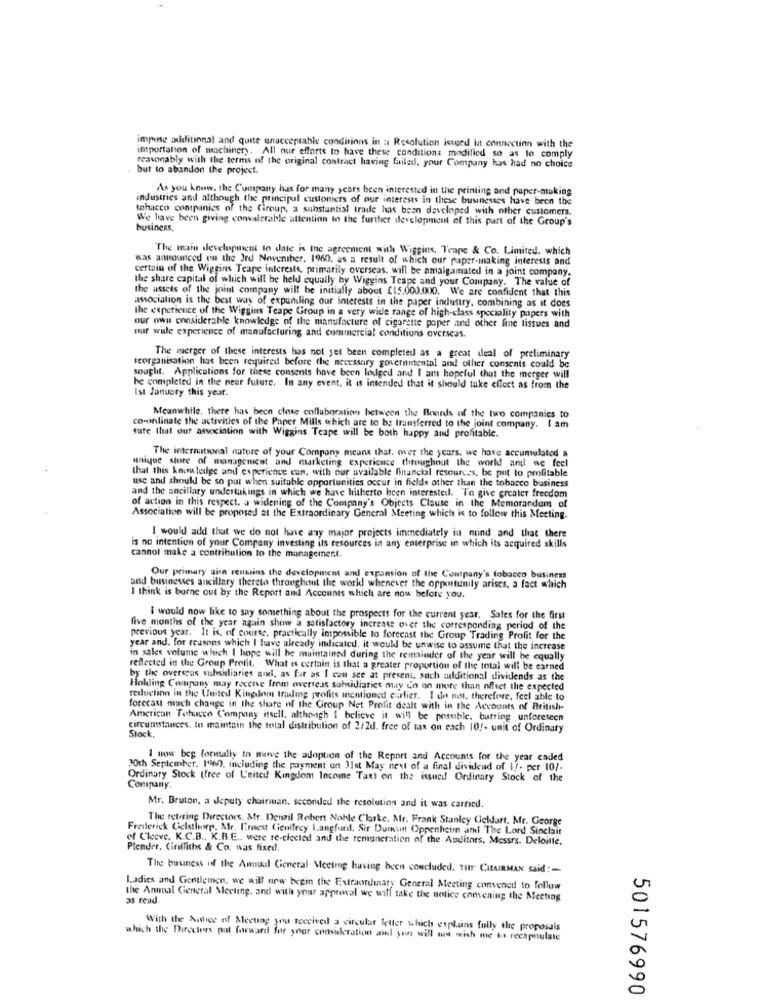
impose additional and quite unacceptable conditions in :1 Resolution issued In connection with the
intportalson of machinery. All our efforts to have these conditions modified so as to comply
reasonably with the terms of the original contract having failed, your Company has had no choice
but to abandon the project.
As you know. the Company has for many years been interested in the printing and paper-making
industries and although the principal customers of our interests in these businesses have been the
tobacco companies of the Ciroup, a substantial trade has been developed with other customers.
We have been giving convalerable attention in the further development of this part of the Group's
business.
The main development to date is the agreement with Wiggins, Teape & Co. Limited. which
was announced on the Jrd Noventher. 1960, as a result of which our ruper-making interests and
certain of the Wiggins Teape interests, primarily overseas. will be amalgamated in a joint company.
the share capital of which will be held cyually by Wiggins Teape and your Company. The value of
the assets of the joint company will be initially about £15.000.000. We are confident that this
association is the best way of expundling our interests in the paper industry, combining as it does
the experience of the Wiggins Teape Group in a very wide range of high-class speciality papers with
our owns considerable knowledge of the manufacture of cigarette poper and other fine tissues and
our wide experience of manufacturing and commercial conditions overseas.
The merger of these interests has not yet been completed as a great deal of preliminary
teorganisation has been required before the necessary gowermental and other consenis could be
sought. Applications for these consents have been lodged and I am hopeful that the merger will
he completed in the near future. In any event. it is intended that it should take effect as from the
Ist January this year.
Meanwhile, there has been close collaboration between the Boards of the two companies to
co-unlinate the activities of the Paper Mills which are to be transferred to the joint company. I am
sure that our association with Wiggins Teape will be both happy and profitable.
The international nature of your Company means that. over the years. we have accumulated a
Maique store of managenicat and marketing experience throughout the world and we feel
that this Anatedge and experience can, with our available financial resources, be put to profitable
use and should be so put when suitable opportunities occur in fields other than the tobacco business
and the ancillary undertakings in which we have hitherto been interested. To give greater freedom
of action in this respect. a widening of the Company's Objects Clause in the Memorandum of
Association will be proposed at the Extraordinary General Meeting which is to follow this Meeting.
I would add that we do not have any major projects immediately in mind and that there
is no intention of your Company investing ils resources in any enterprise in which its acquired skills
cannot make a contribution to the management.
Our primary ginn renmins the development and expansion of the Company's tobacco business
and businesses ancillary thereto throughout the world whenever the opportunity arises, a fact which
I think is borne out by the Report and Accounts which are now before you.
I would now like to say something about the prospects for the current year. Sales for the first
five months of the year again show a satisfactory increase over the corresponding period of the
previous year. It is, of course, practically intpossible to forecast the Group Trading Profit for the
year and. for reasons which I have already indicated, it would be unwise to assume that the increase
in sales volume which I hope will be maintained during the remainder of the year will he equally
reflected in the Group Profit. What is certain is that a greater proportion of the total will be earned
by the overseas subsidiaries and, as far as I can see at present. such additional dividends as the
Hokling Company may receive from overseas subsidiaries may C'o no more than offset the expected
reduction in the United Kingdom trading profits incntioned carlier. I do not, therefore, feel able to
forecast much change in the share of the Group Net Profit dealt with in the Accounts of British-
American Totucce Company itsell, although I believe it will be possible. batting unforeseen
circumstances. to maintain the telal distribution of 2/2d. free of tax on each 10/- unit of Ordinary
Stock
1 now beg formally to muwe the adoption of the Report and Accounts for the year ended
30th September. 100), including the payment on 31st May nest of a final dividend of \ !. per 10/-
Ordinary Stock (free of L'nited Kingdom Income Tax) on the issueil Ordinary Stock of the
Company.
Mr. Bruton, a deputy chairman. seconded the resolution and it was carried.
The retiring Directors, Mr. Denzil Robert Noble Clarke. Mr. Frank Stanley Cieldart. Mr. George
Frederick Gelstlep, Mr. Finest Centfecy Langford, Sir Duncan Oppenheim and The Lord Sinclair
of Cleve. K.C.B ., K.B.E ., were re-elected and the remuneration of the Auditors, Messrs. Deloitte.
Plender, Cirilliths & Co. was fixed.
The business of the Annual General Meeting having been concluded. THE CHAIRMAN said :-
Ladies and Gentlemen, we will nrw begin the Extraordinary General Meeting convened to follow
the Annual General Meeting. and with your approval we will take the solice convening the Meeting
as read.
With the Autice of Meeting you received a circular letter which explains fully the proposals
which the Directors put forward for your consideration ail yon will not wish me es recapitulale
501576990